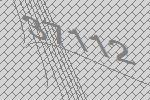
37112